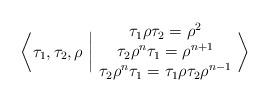
LaTeX: \begin{align*}\bigg\langle \tau_1, \tau_2, \rho \ \bigg\vert\ \begin{matrix}\tau_1 \rho \tau_2=\rho^2\\\tau_2 \rho^{n} \tau_1=\rho^{n+1}\\\tau_2 \rho^n \tau_1=\tau_1 \rho \tau_2 \rho^{n-1}\end{matrix}\ \bigg\rangle\end{align*}